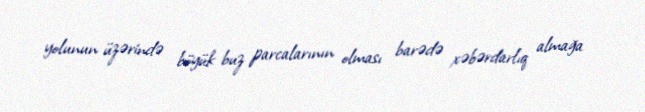
yolunun üzərində böyük buz parcalarının olması barədə xəbərdarlıq almağa